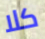
كلا